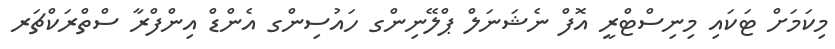
މިކަމަށް ޓަކައި މިނިސްޓްރީ އޮފް ނެޝަނަލް ޕްލޭނިންގ ހައުސިންގ އެންޑް އިންފްރާ ސްތްރަކްޗަރ